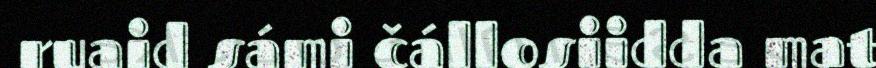
ruaid sámi čállosiidda mat